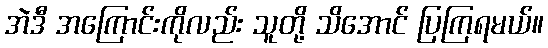
အဲဒီ အကြောင်းကိုလည်း သူတို့ သိအောင် ပြကြရမယ်။